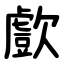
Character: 㱆